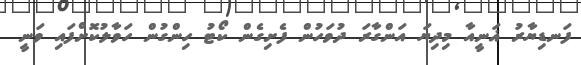
ފަނޑިޔާރު ޣަނީއާ މިދިޔަ އަންގާރަ ދުވަހުން ފެށިގެން ކޯޓު ހިންގުން ހަވާލުކޮށްފައި ވަނީ